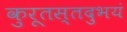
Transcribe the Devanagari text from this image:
कुरूतस्तदुभयं